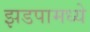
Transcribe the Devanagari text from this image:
झडपामध्ये